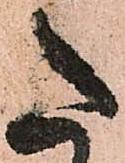
た